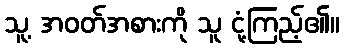
သူ့ အဝတ်အစားကို သူ ငုံ့ကြည့်၏။